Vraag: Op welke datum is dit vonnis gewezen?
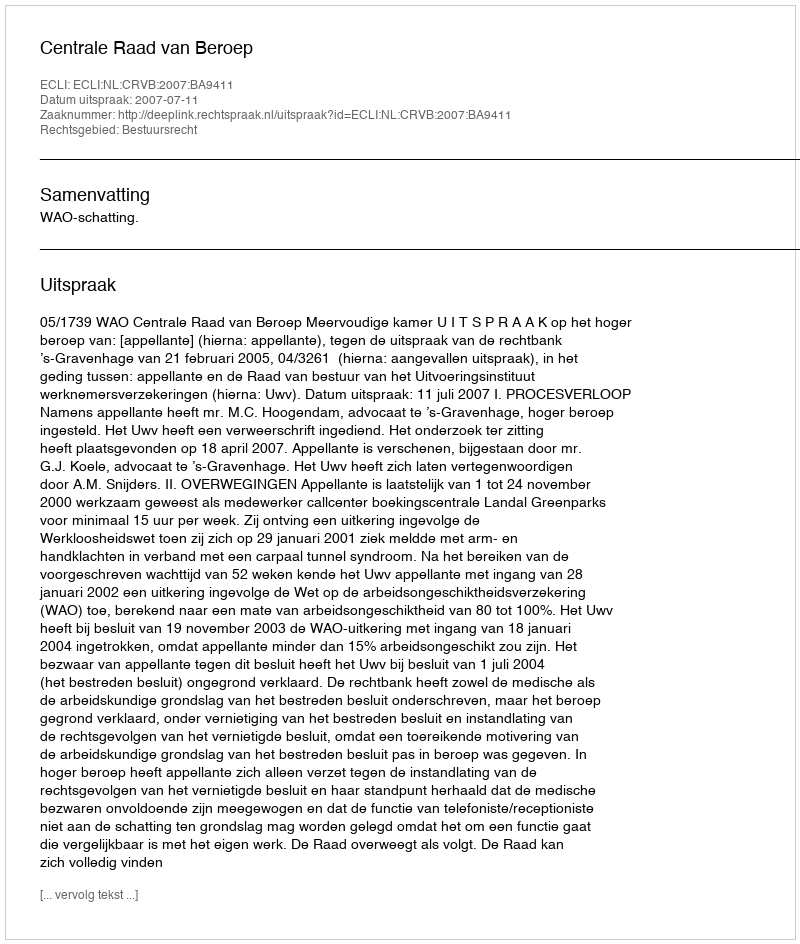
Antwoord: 2007-07-11